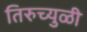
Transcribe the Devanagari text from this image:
तिरुच्युळी